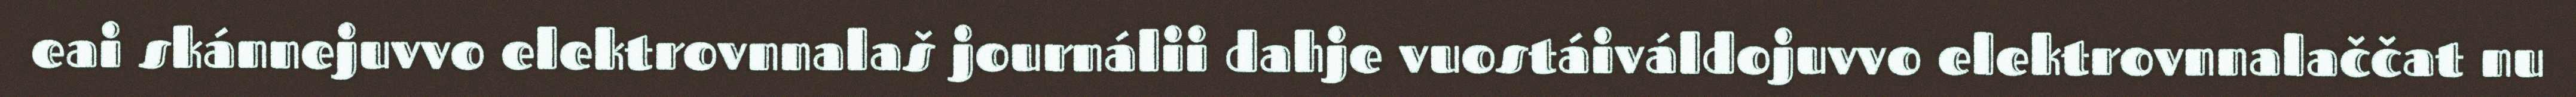
eai skánnejuvvo elektrovnnalaš journálii dahje vuostáiváldojuvvo elektrovnnalaččat nu